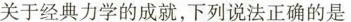
关于经典力学的成就，下列说法正确的是